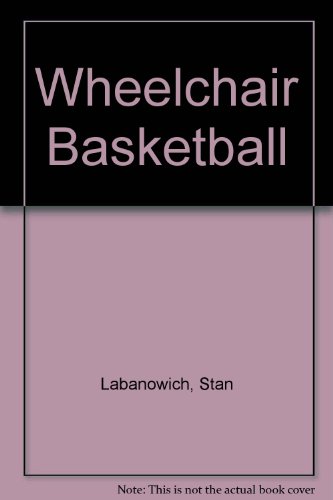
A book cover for Wheelchair Basketball (Wheelchair Sports); Stan Labanowich; Teen & Young Adult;